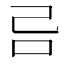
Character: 𠮯